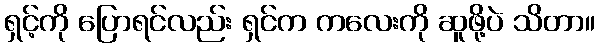
ရှင့်ကို ပြောရင်လည်း ရှင်က ကလေးကို ဆူဖို့ပဲ သိတာ။